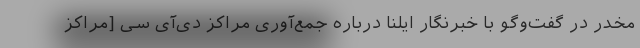
مخدر در گفت‌وگو با خبرنگار ایلنا درباره جمع‌آوری مراکز دی‌آی سی [مراكز